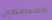
المحافظين